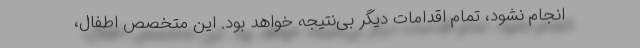
انجام نشود، تمام اقدامات دیگر بی‌نتیجه خواهد بود. این متخصص اطفال،